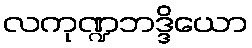
လကုဏ္ဍဘဒ္ဒိယော